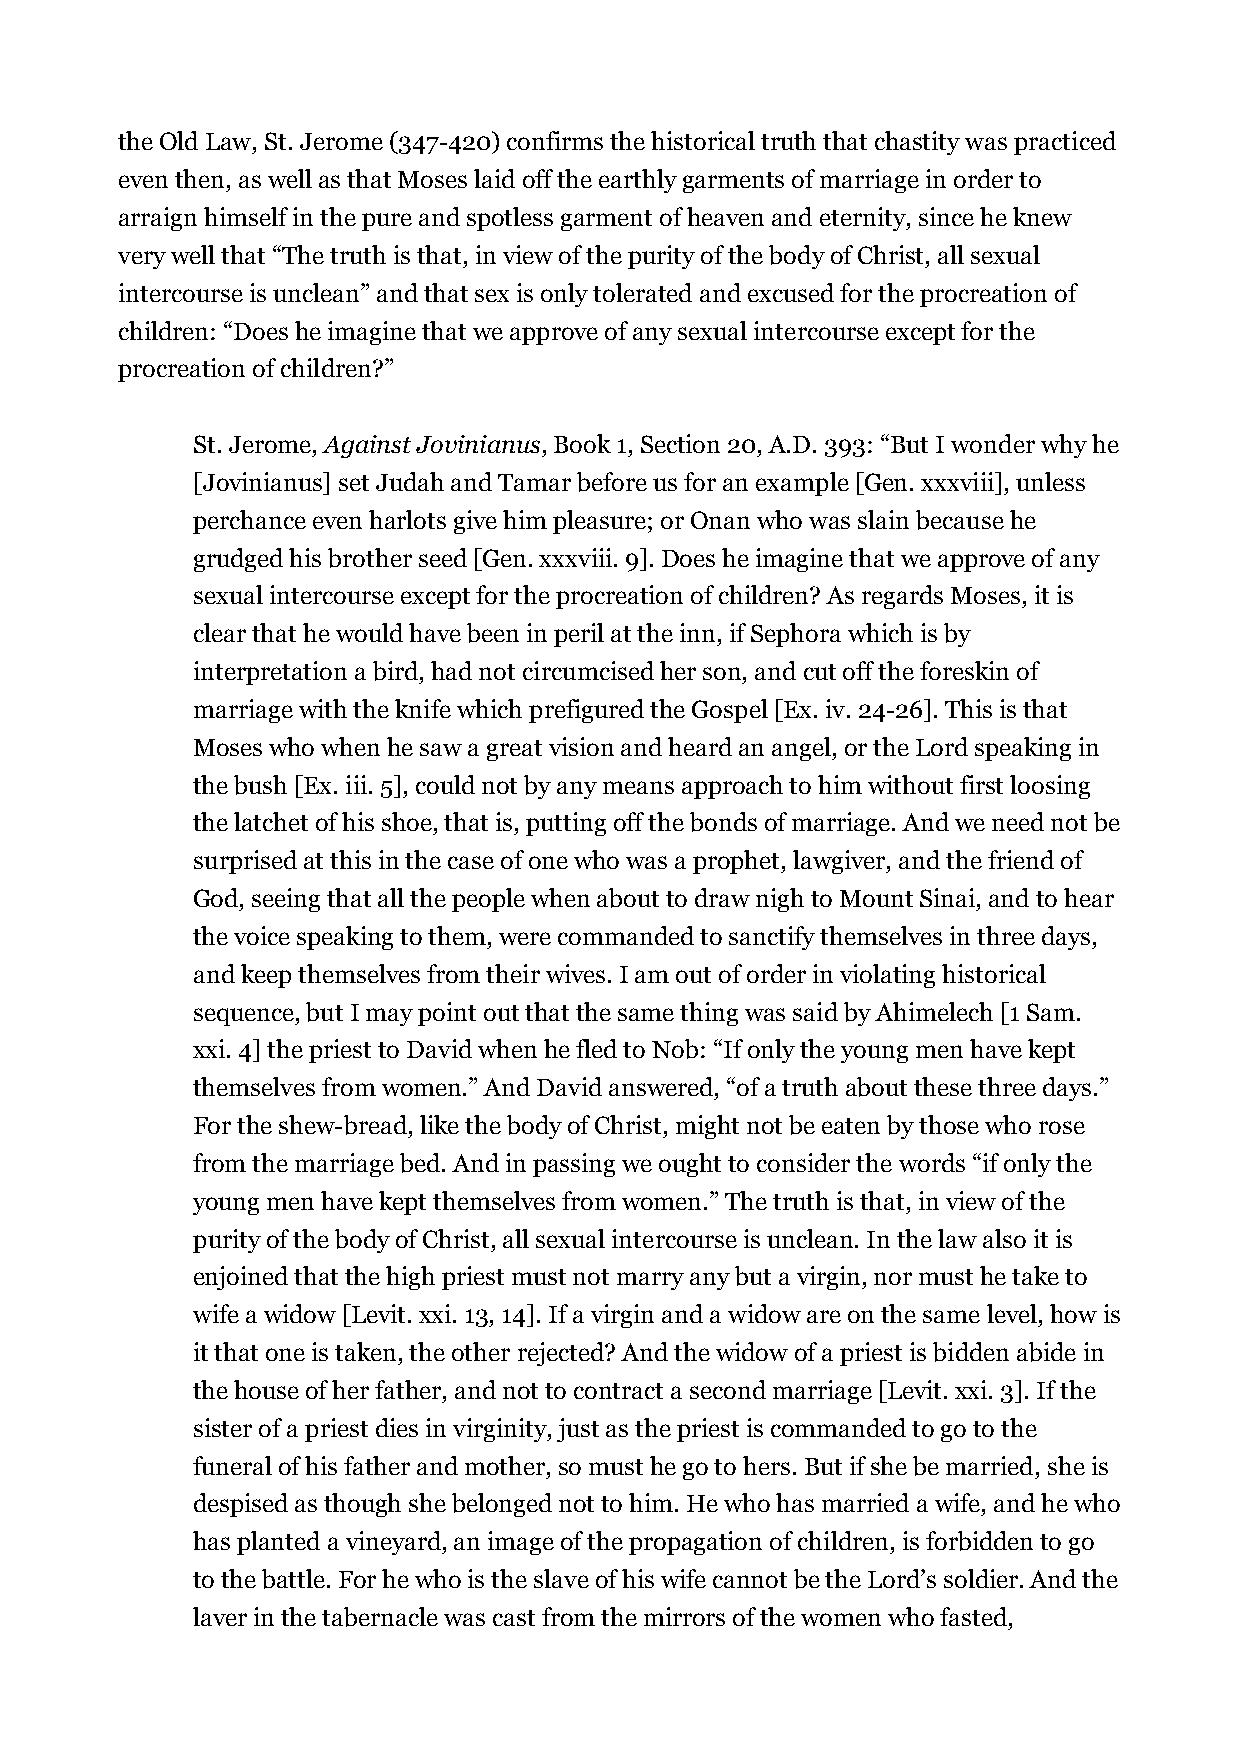
the Old Law, St. Jerome (347-420) confirms the historical truth that chastity was practiced
 even then, as well as that Moses laid off the earthly garments of marriage in order to
 arraign himself in the pure and spotless garment of heaven and eternity, since he knew
 very well that “The truth is that, in view of the purity of the body of Christ, all sexual
 intercourse is unclean” and that sex is only tolerated and excused for the procreation of
 children: “Does he imagine that we approve of any sexual intercourse except for the
 procreation of children?”
 St. Jerome, Against Jovinianus, Book 1, Section 20, A.D. 393: “But I wonder why he
 [Jovinianus] set Judah and Tamar before us for an example [Gen. xxxviii], unless
 perchance even harlots give him pleasure; or Onan who was slain because he
 grudged his brother seed [Gen. xxxviii. 9]. Does he imagine that we approve of any
 sexual intercourse except for the procreation of children? As regards Moses, it is
 clear that he would have been in peril at the inn, if Sephora which is by
 interpretation a bird, had not circumcised her son, and cut off the foreskin of
 marriage with the knife which prefigured the Gospel [Ex. iv. 24-26]. This is that
 Moses who when he saw a great vision and heard an angel, or the Lord speaking in
 the bush [Ex. iii. 5], could not by any means approach to him without first loosing
 the latchet of his shoe, that is, putting off the bonds of marriage. And we need not be
 surprised at this in the case of one who was a prophet, lawgiver, and the friend of
 God, seeing that all the people when about to draw nigh to Mount Sinai, and to hear
 the voice speaking to them, were commanded to sanctify themselves in three days,
 and keep themselves from their wives. I am out of order in violating historical
 sequence, but I may point out that the same thing was said by Ahimelech [1 Sam.
 xxi. 4] the priest to David when he fled to Nob: “If only the young men have kept
 themselves from women.” And David answered, “of a truth about these three days.”
 For the shew-bread, like the body of Christ, might not be eaten by those who rose
 from the marriage bed. And in passing we ought to consider the words “if only the
 young men have kept themselves from women.” The truth is that, in view of the
 purity of the body of Christ, all sexual intercourse is unclean. In the law also it is
 enjoined that the high priest must not marry any but a virgin, nor must he take to
 wife a widow [Levit. xxi. 13, 14]. If a virgin and a widow are on the same level, how is
 it that one is taken, the other rejected? And the widow of a priest is bidden abide in
 the house of her father, and not to contract a second marriage [Levit. xxi. 3]. If the
 sister of a priest dies in virginity, just as the priest is commanded to go to the
 funeral of his father and mother, so must he go to hers. But if she be married, she is
 despised as though she belonged not to him. He who has married a wife, and he who
 has planted a vineyard, an image of the propagation of children, is forbidden to go
 to the battle. For he who is the slave of his wife cannot be the Lord’s soldier. And the
 laver in the tabernacle was cast from the mirrors of the women who fasted,